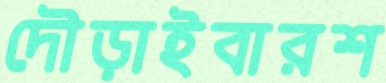
দৌড়াইবারশ